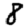
Digit: 8